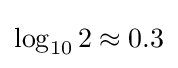
\log _{10}2\approx 0.3